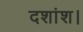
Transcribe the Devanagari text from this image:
दशांश।